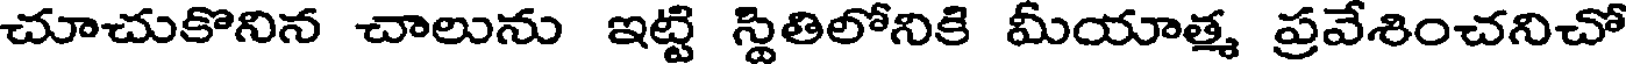
చూచుకొనిన చాలును ఇట్టి స్థితిలోనికి మీయాత్మ ప్రవేశించనిచో